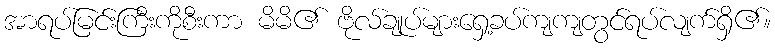
အာရပ်မြင်းကြီးကိုစီးကာ မိမိ၏ ဗိုလ်ချုပ်များရှေ့ခပ်ကျကျတွင်ရပ်လျက်ရှိ၏။